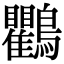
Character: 鸜